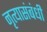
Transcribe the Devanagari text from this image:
नृत्यासंबंधी